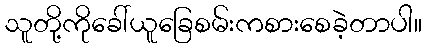
သူတို့ကိုခေါ်ယူခြေစမ်းကစားစေခဲ့တာပါ။